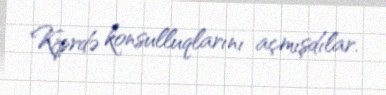
Kiprdə konsulluqlarını açmışdılar.